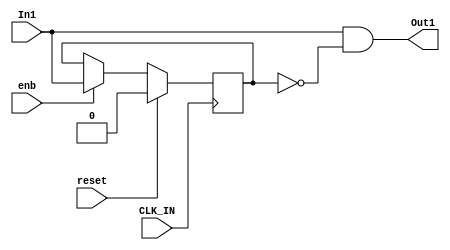
// -------------------------------------------------------------
// 
// 
// Generated by MATLAB 8.2 and HDL Coder 3.3
// 
// -------------------------------------------------------------


// -------------------------------------------------------------
// 
// Module: Detect_Change_To_One
// Source Path: controllerPeripheralHdlAdi/Encoder_Peripheral_Hardware_Specification/Detect Change To One
// Hierarchy Level: 2
// 
// -------------------------------------------------------------

`timescale 1 ns / 1 ns

module Detect_Change_To_One
          (
           CLK_IN,
           reset,
           enb,
           In1,
           Out1
          );


  input   CLK_IN;
  input   reset;
  input   enb;
  input   In1;
  output  Out1;


  reg  Unit_Delay_out1;
  wire Unit_Delay_out1_1;
  wire In1_1;


  // <S6>/Unit Delay
  always @(posedge CLK_IN)
    begin : Unit_Delay_process
      if (reset == 1'b1) begin
        Unit_Delay_out1 <= 1'b0;
      end
      else if (enb) begin
        Unit_Delay_out1 <= In1;
      end
    end



  // <S6>/Logical Operator
  assign Unit_Delay_out1_1 =  ~ Unit_Delay_out1;



  // <S6>/Logical Operator1
  assign In1_1 = In1 & Unit_Delay_out1_1;



  assign Out1 = In1_1;

endmodule  // Detect_Change_To_One